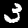
Label: 3